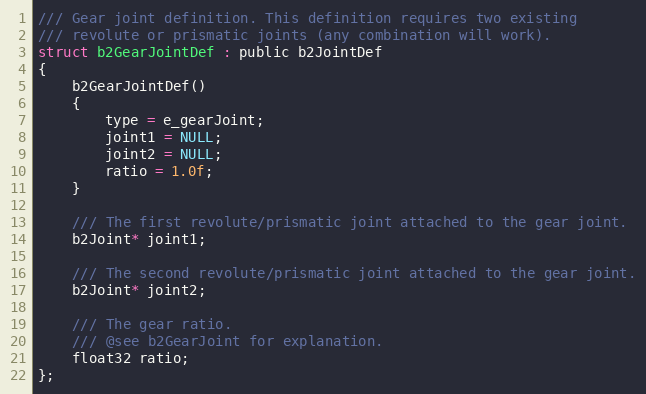
Language: C
/// Gear joint definition. This definition requires two existing
/// revolute or prismatic joints (any combination will work).
struct b2GearJointDef : public b2JointDef
{
	b2GearJointDef()
	{
		type = e_gearJoint;
		joint1 = NULL;
		joint2 = NULL;
		ratio = 1.0f;
	}

	/// The first revolute/prismatic joint attached to the gear joint.
	b2Joint* joint1;

	/// The second revolute/prismatic joint attached to the gear joint.
	b2Joint* joint2;

	/// The gear ratio.
	/// @see b2GearJoint for explanation.
	float32 ratio;
};